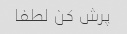
پرش کن لطفا